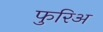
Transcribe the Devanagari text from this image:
फुरिअ